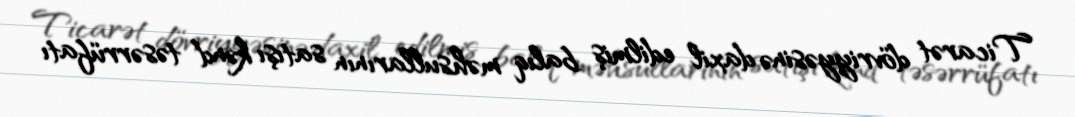
Ticarət dövriyyəsinə daxil edilmiş balıq məhsullarının satışı kənd təsərrüfatı